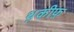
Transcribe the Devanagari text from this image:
थ़कीफ़